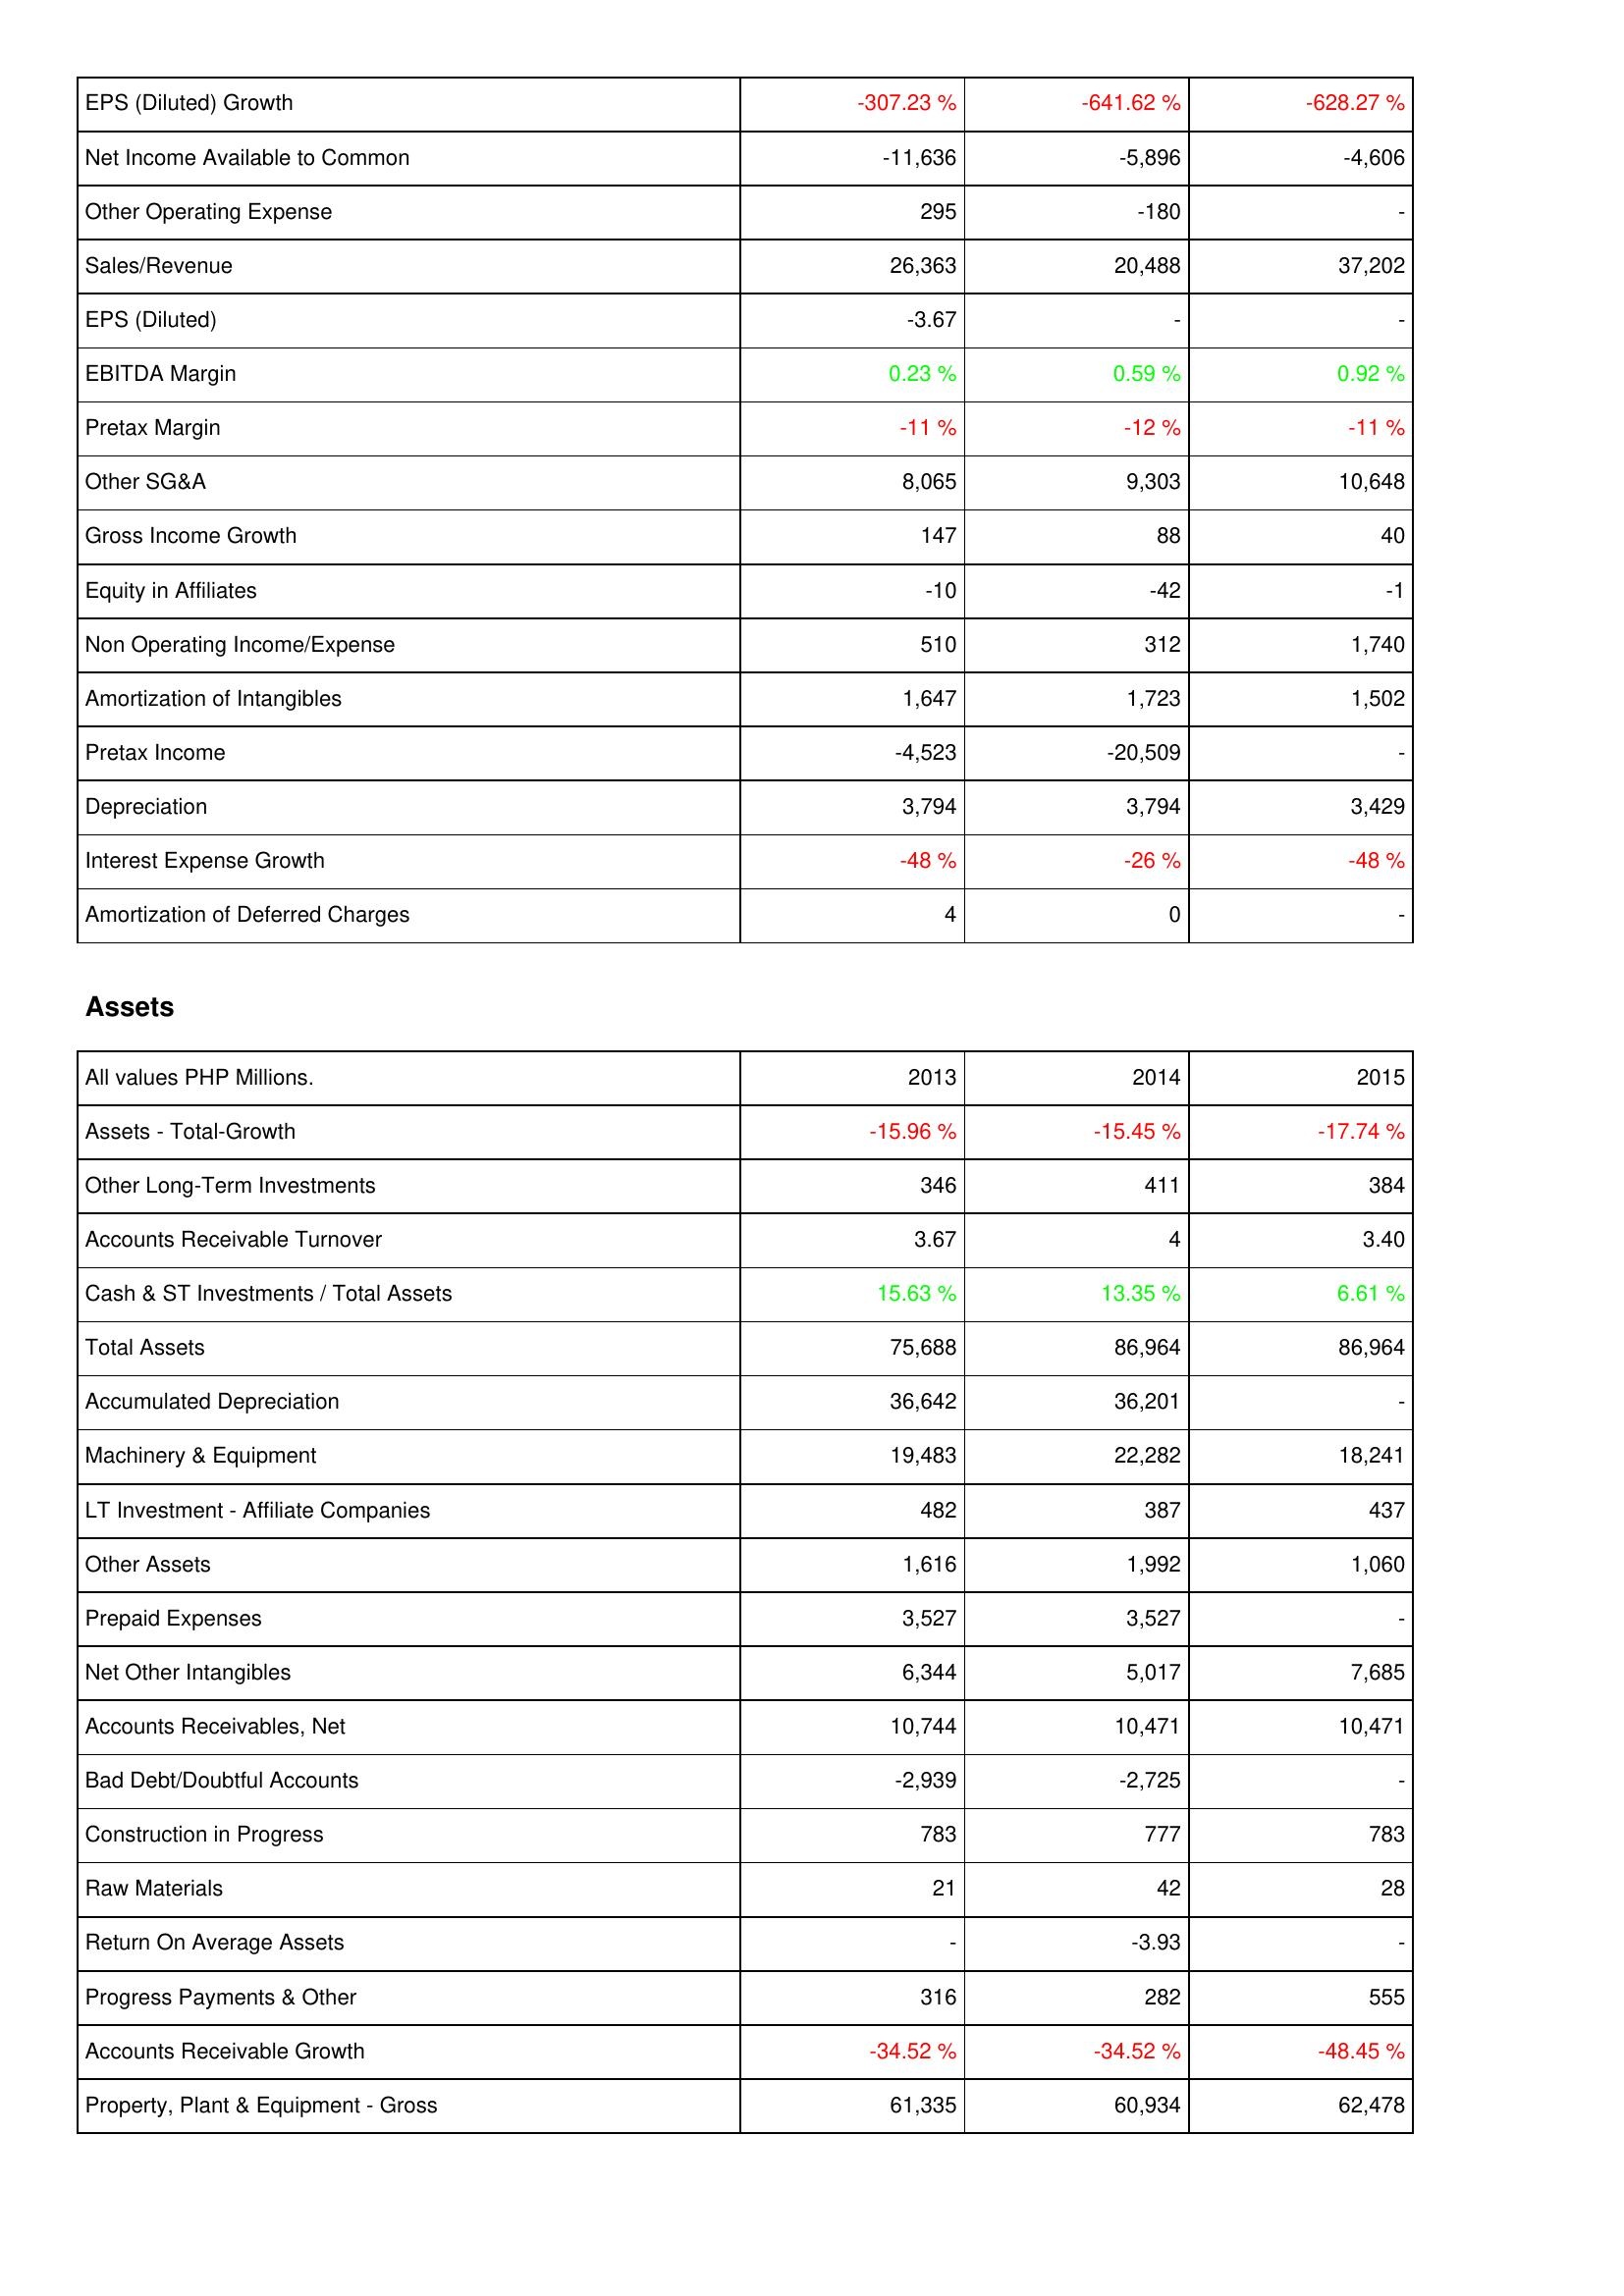
2013: Income Statement: EPS (Diluted) Growth: -307.23 %
Net Income Available to Common: -11,636
Other Operating Expense: 295
Sales/Revenue: 26,363
EPS (Diluted): -3.67
EBITDA Margin: 0.23 %
Pretax Margin: -11 %
Other SG&A: 8,065
Gross Income Growth: 147
Equity in Affiliates: -10
Non Operating Income/Expense: 510
Amortization of Intangibles: 1,647
Pretax Income: -4,523
Depreciation: 3,794
Interest Expense Growth: -48 %
Amortization of Deferred Charges: 4
Assets: Assets - Total-Growth: -15.96 %
Other Long-Term Investments: 346
Accounts Receivable Turnover: 3.67
Cash & ST Investments / Total Assets: 15.63 %
Total Assets: 75,688
Accumulated Depreciation: 36,642
Machinery & Equipment: 19,483
LT Investment - Affiliate Companies: 482
Other Assets: 1,616
Prepaid Expenses: 3,527
Net Other Intangibles: 6,344
Accounts Receivables, Net: 10,744
Bad Debt/Doubtful Accounts: -2,939
Construction in Progress: 783
Raw Materials: 21
Return On Average Assets: -
Progress Payments & Other: 316
Accounts Receivable Growth: -34.52 %
Property, Plant & Equipment - Gross: 61,335
2014: Income Statement: EPS (Diluted) Growth: -641.62 %
Net Income Available to Common: -5,896
Other Operating Expense: -180
Sales/Revenue: 20,488
EPS (Diluted): -
EBITDA Margin: 0.59 %
Pretax Margin: -12 %
Other SG&A: 9,303
Gross Income Growth: 88
Equity in Affiliates: -42
Non Operating Income/Expense: 312
Amortization of Intangibles: 1,723
Pretax Income: -20,509
Depreciation: 3,794
Interest Expense Growth: -26 %
Amortization of Deferred Charges: 0
Assets: Assets - Total-Growth: -15.45 %
Other Long-Term Investments: 411
Accounts Receivable Turnover: 4
Cash & ST Investments / Total Assets: 13.35 %
Total Assets: 86,964
Accumulated Depreciation: 36,201
Machinery & Equipment: 22,282
LT Investment - Affiliate Companies: 387
Other Assets: 1,992
Prepaid Expenses: 3,527
Net Other Intangibles: 5,017
Accounts Receivables, Net: 10,471
Bad Debt/Doubtful Accounts: -2,725
Construction in Progress: 777
Raw Materials: 42
Return On Average Assets: -3.93
Progress Payments & Other: 282
Accounts Receivable Growth: -34.52 %
Property, Plant & Equipment - Gross: 60,934
2015: Income Statement: EPS (Diluted) Growth: -628.27 %
Net Income Available to Common: -4,606
Other Operating Expense: -
Sales/Revenue: 37,202
EPS (Diluted): -
EBITDA Margin: 0.92 %
Pretax Margin: -11 %
Other SG&A: 10,648
Gross Income Growth: 40
Equity in Affiliates: -1
Non Operating Income/Expense: 1,740
Amortization of Intangibles: 1,502
Pretax Income: -
Depreciation: 3,429
Interest Expense Growth: -48 %
Amortization of Deferred Charges: -
Assets: Assets - Total-Growth: -17.74 %
Other Long-Term Investments: 384
Accounts Receivable Turnover: 3.40
Cash & ST Investments / Total Assets: 6.61 %
Total Assets: 86,964
Accumulated Depreciation: -
Machinery & Equipment: 18,241
LT Investment - Affiliate Companies: 437
Other Assets: 1,060
Prepaid Expenses: -
Net Other Intangibles: 7,685
Accounts Receivables, Net: 10,471
Bad Debt/Doubtful Accounts: -
Construction in Progress: 783
Raw Materials: 28
Return On Average Assets: -
Progress Payments & Other: 555
Accounts Receivable Growth: -48.45 %
Property, Plant & Equipment - Gross: 62,478